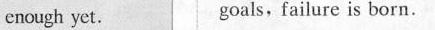
enough yet. goals, failure is born.